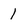
Character: 1